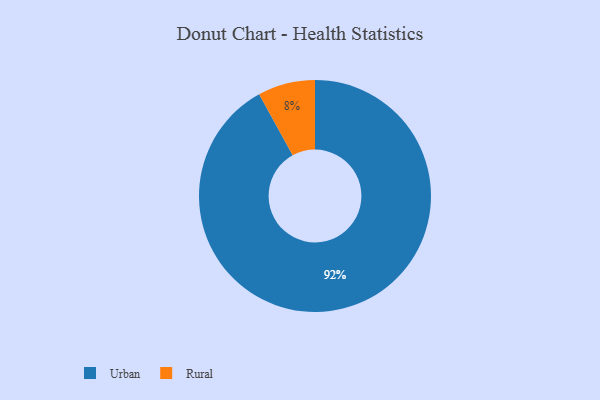
{"axis": {"x": "Category", "y": "Percentage"}, "legend": ["Rural", "Urban"], "data": [{"x": "Rural", "y": 8, "type": "Rural"}, {"x": "Urban", "y": 92, "type": "Urban"}]}